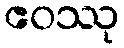
ဧဝဿု